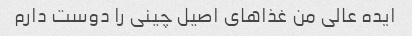
ایده عالی من غذاهای اصیل چینی را دوست دارم